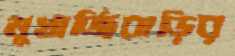
মুখার্জিবাড়ির